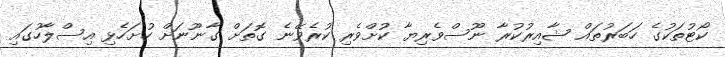
ކޯޓުތަކުގެ ހަބަރުތައް ޝާއިރުކުރާ ނޫސްވެރިޔާ ކުށްވެރި ކުރެވޭނެ ގޮތަށް ގާނޫނަށް ހުށަހެޅި އިސްލާހުގައި